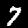
Label: 7